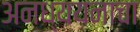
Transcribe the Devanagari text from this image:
अनध्ययनाचा